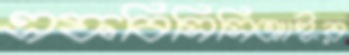
এফবিসিসিআইর